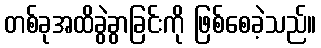
တစ်ခုအထိခွဲခွာခြင်းကို ဖြစ်စေခဲ့သည်။